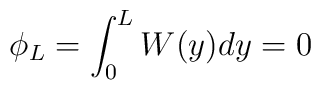
\phi_L = \int_0^{L} W(y) dy = 0